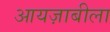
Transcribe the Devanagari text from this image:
आयज़ाबीला